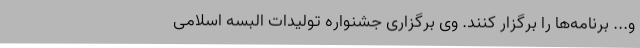
و... برنامه‌ها را برگزار کنند. وی برگزاری جشنواره تولیدات البسه اسلامی